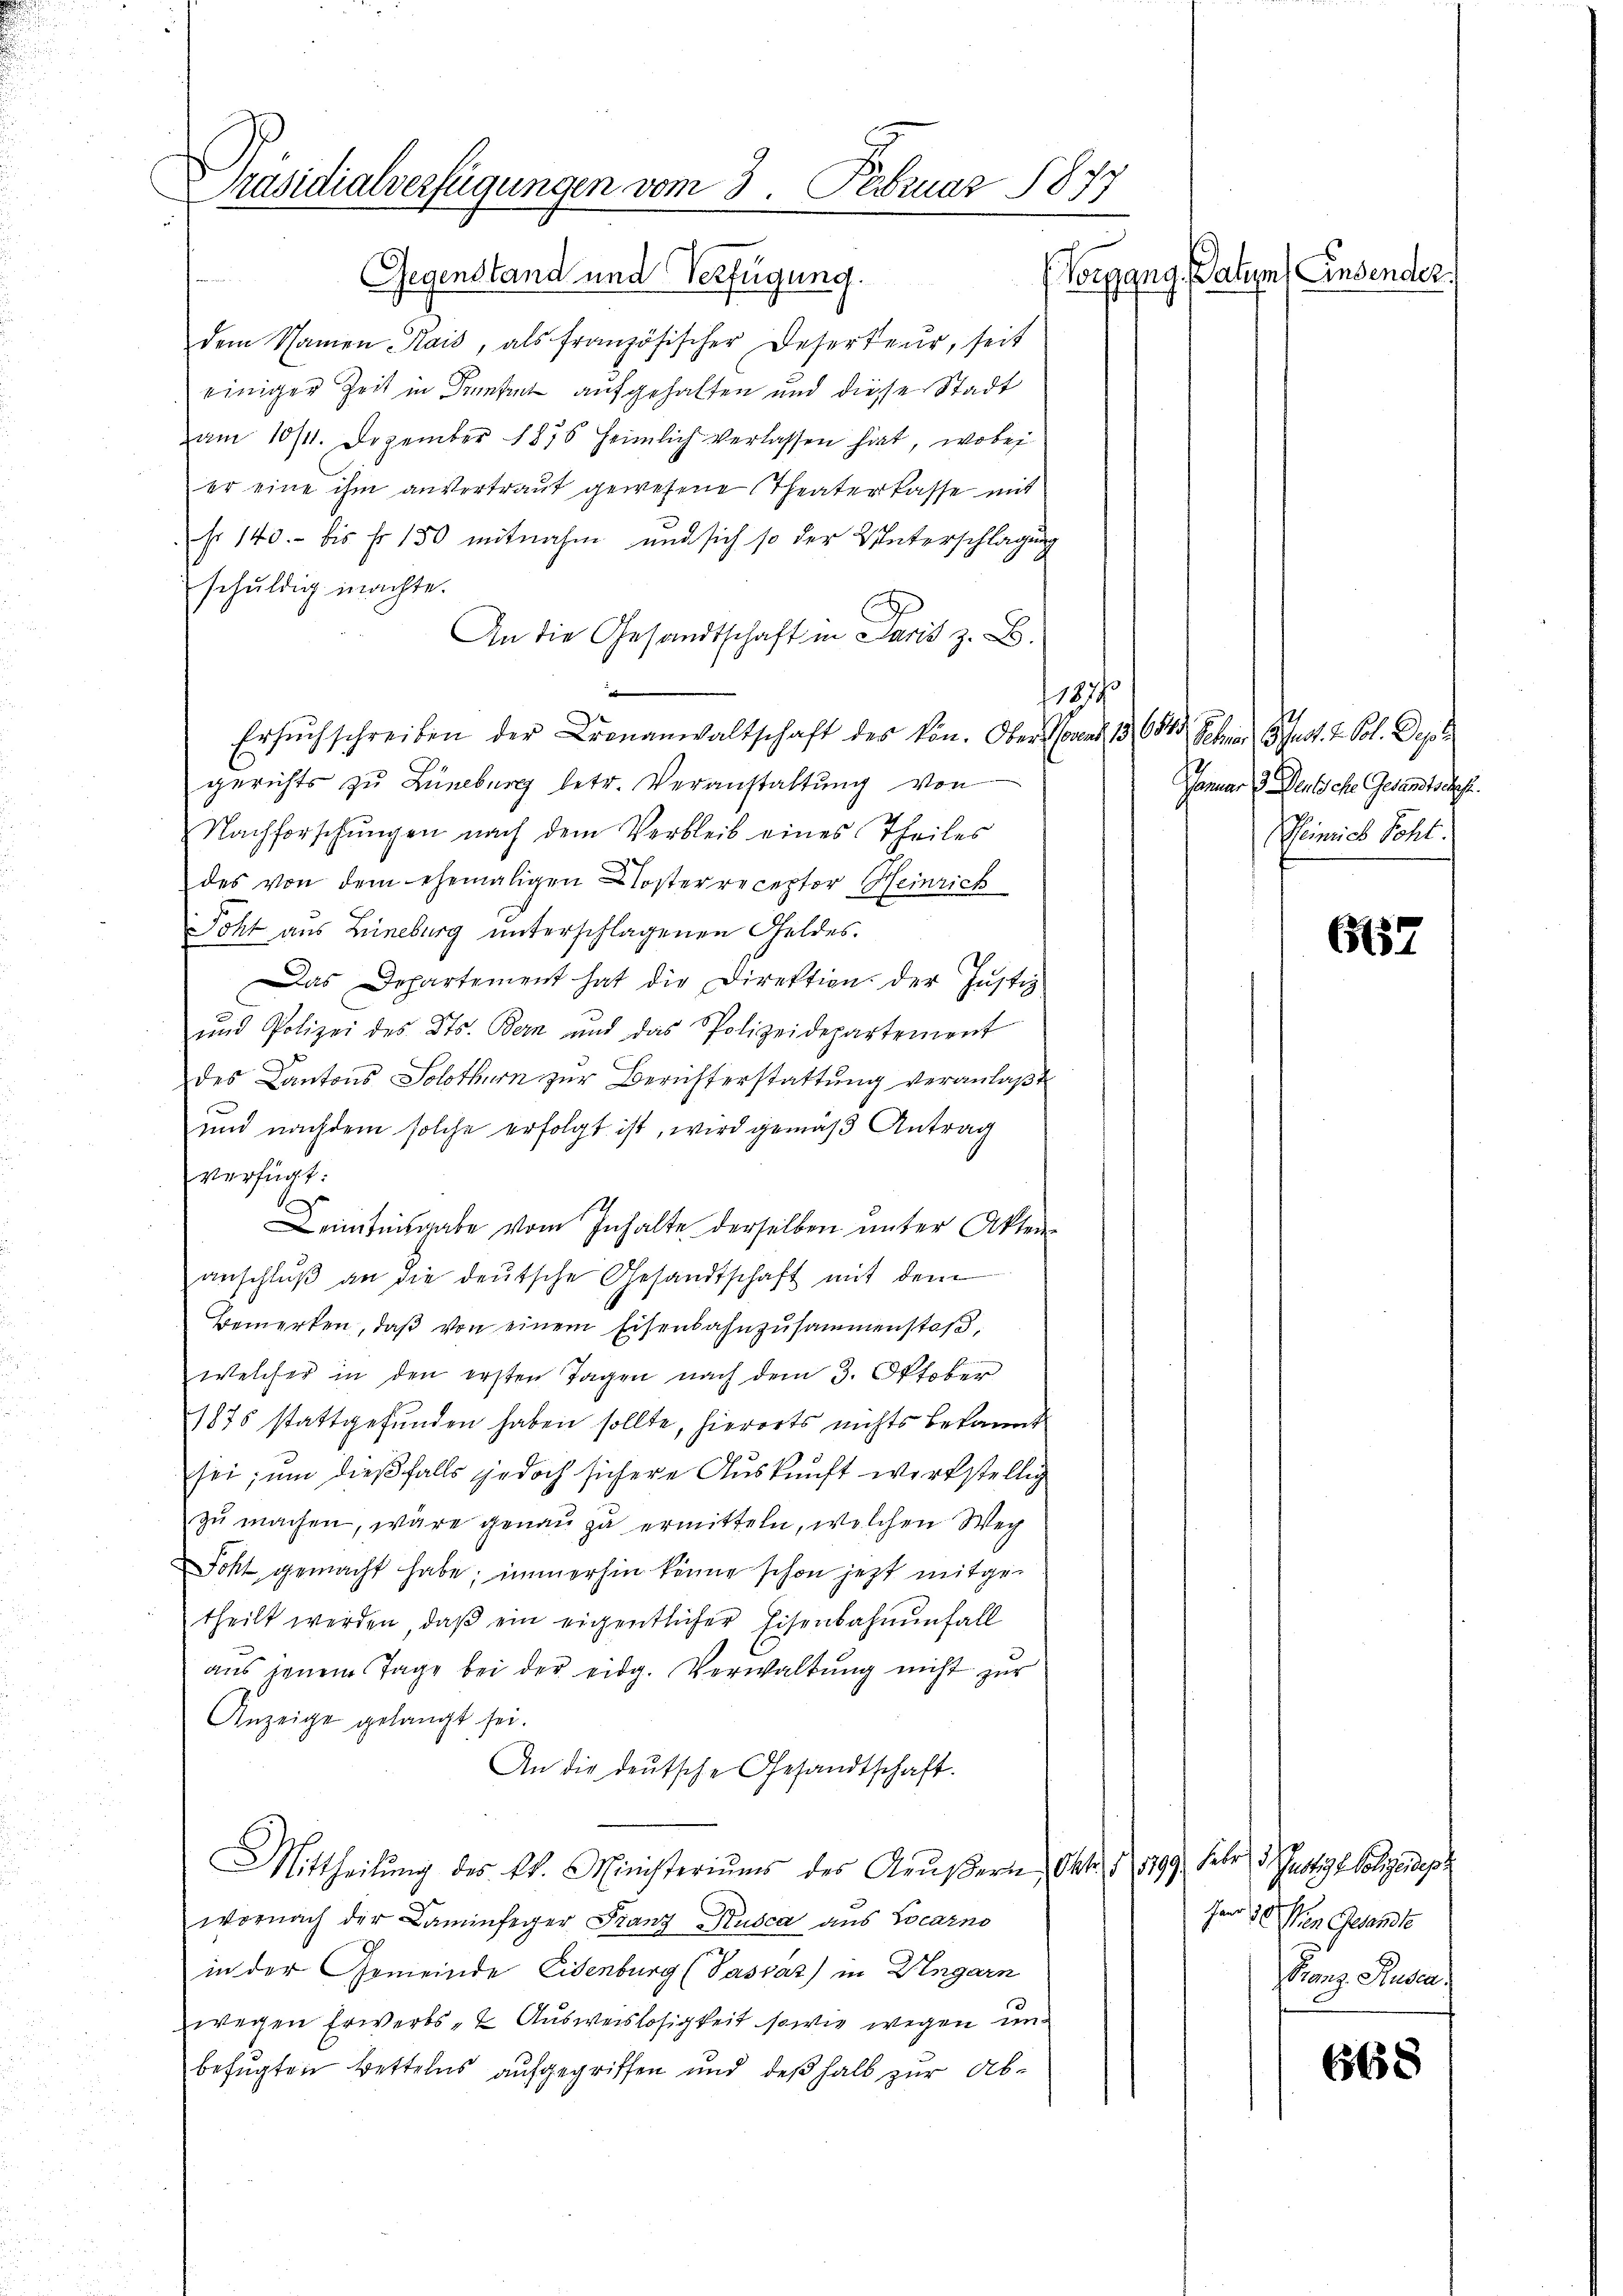
Präsidialverfügungen vom 3. Februar 1877
(Vorgang. Datum (Einsender.
Gegenstand und Verfügung.
dem Namen Kais, als französischer Deserteur, seit

einiger Zeit in Franken aufgehalten und diese Stadt
am 10/11. Dezember 1875 heimlich verlassen hat, wobei
er eine ihm anvertraut gewesene Theaterkasse mit
so 140. bis f 150 mitnahm und sich so der Unterschlagung
schuldig machte.
An die Gesandtschaft in Paris z. B.
d
1877
Ersŭchschreiben der Brenanwaltschaft des von. Ober Neuens 13 (13. Schmar Gust. 2. Sol. Depa
gerichts zu Lüneburg betr. Veranstaltung von
Nachforschungen nach dem Verbleib eines Theiles
des von dem ehemaligen Closterreceptor Heinrich
Pohl aus Lüneburg unterschlagenen Geldes.
Das Departement hat die Direktion der Justiz
und Polizei des Kts. Bern und das Polizeidepartement
des Cantons Solothurn zur Berichterstattung veranlaßt
und nachdem solche erfolgt ist, wird gemäß Antrag
verfügt:
Lentnisgabe vom Inhalte derselben unter Akten-
anschlŭβ an die deutsche Gesandtschaft mit dem
Bemerken, daβ von einem Eisenbahnzusammenstoβ,
welcher in den ersten Tagen nach dem 3. Oktober
1875 stattgefunden haben sollte, hierorts nichts bekannt.
sei, um dießfalls jedoch sichere Auskunft wirkstellig
zu machen, wäre genau zu ermitteln, welchen Weg
oht gemacht habe; immerhin könne schon jetzt mitgetheilt werden, daβ ein eigentlicher Eisenbahnenfall
aus jenem Tage bei der eidg. Verwaltung nicht zur
Anzeige gelangt sei.
An die deŭtsche Gesandtschaft.
Mittheilŭng des kk. Ministeriums des Aŭβern, Okt. 8, 199. Febr d. Justige Folgendep
wornach der Laminfeger Franz Kusca aus Locarno
in der Gemeinde Eisenburg (Passaz) in Ungarn
wegen Erwerbs- & Ausweislosigkeit sowie wegen unbefugten Bettelns aufgegriffen und deßhalb zur Ab¬

Sarner 3. Denische Gesandtschaf
Heinrich Schl.

6157

Jar 3 Von Gesandte
Franz. Studen:

668